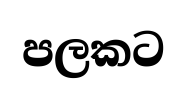
පලකට